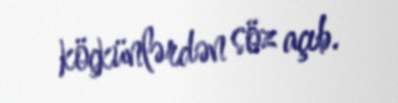
köçkünlərdən söz açıb.